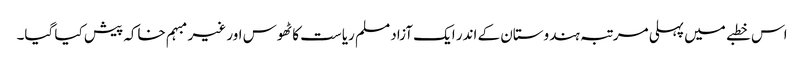
اس خطبے میں پہلی مرتبہ ہندوستان کے اندر ایک آزاد مسلم ریاست کا ٹھوس اور غیر مبہم خاکہ پیش کیا گیا۔